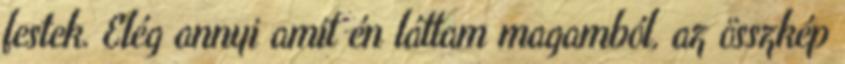
festek. Elég annyi amit én láttam magamból, az összkép